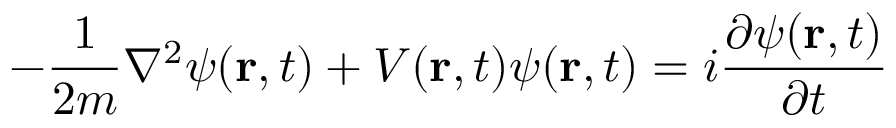
- { \frac { 1 } { 2 m } } \nabla ^ { 2 } \psi ( \mathbf { r } , t ) + V ( \mathbf { r } , t ) \psi ( \mathbf { r } , t ) = i { \frac { \partial \psi ( \mathbf { r } , t ) } { \partial t } }